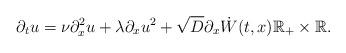
LaTeX: \begin{align*}\partial_t u = \nu \partial_x^2 u + \lambda \partial_x u^2 + \sqrt{D} \partial_x \dot{W} (t, x ) \mathbb{R}_+ \times \mathbb{R} . \end{align*}